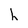
Character: h